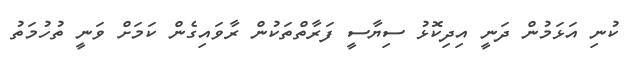
ކުނި އަޅަމުން ދަނީ އިދިކޮޅު ސިޔާސީ ފަރާތްތަކުން ރާވައިގެން ކަމަށް ވަނީ ތުހުމަތު